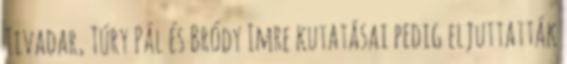
Tivadar, Túry Pál és Bródy Imre kutatásai pedig eljuttatták